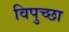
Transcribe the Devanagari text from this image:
विपुच्छा